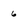
Character: 6